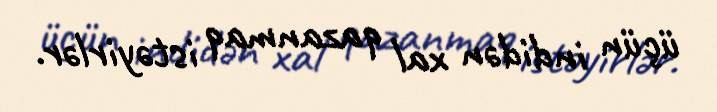
üçün indidən xal qazanmaq istəyirlər.